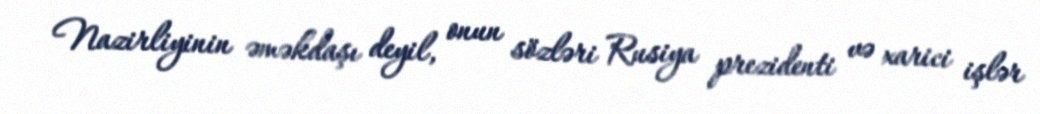
Nazirliyinin əməkdaşı deyil, onun sözləri Rusiya prezidenti və xarici işlər